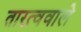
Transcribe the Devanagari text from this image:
तारत्ववाले